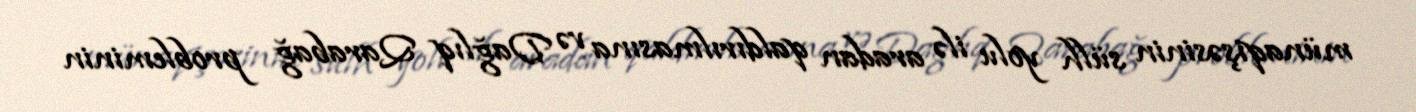
münaqişəsinin sülh yolu ilə aradan qaldırılmasına və Dağlıq Qarabağ probleminin